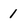
Character: 1